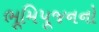
ભૂમિપૂજનનો